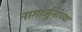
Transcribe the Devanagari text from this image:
नागार्जुनांच्या